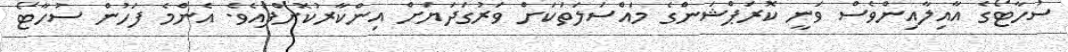
ސުހާޓޯގެ އާއިލާއިންވެސް ވަނީ ކޮރަޕްޝަންގެ މައްސަލަތަކަށް ވަރުގަދަޔަށް އިންކާރުކޮށްފައެވެ. އެންމެ ފަހުން ސުހާޓޯ